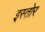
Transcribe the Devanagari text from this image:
इस्तोर